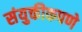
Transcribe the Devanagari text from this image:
संयुक्तीकपणे